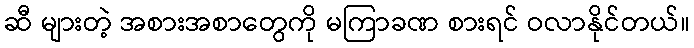
ဆီ များတဲ့ အစားအစာတွေကို မကြာခဏ စားရင် ဝလာနိုင်တယ်။